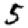
Digit: 5